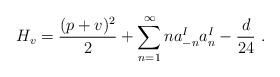
\begin{align*}H_v ={(p+v)^2 \over 2} + \sum_{n=1}^{\infty} n a^I_{-n} a^I_{n} -{d\over{24}}~.\end{align*}